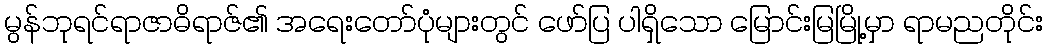
မွန်ဘုရင်ရာဇာဓိရာဇ်၏ အရေးတော်ပုံများတွင် ဖော်ပြ ပါရှိသော မြောင်းမြမြို့မှာ ရာမညတိုင်း